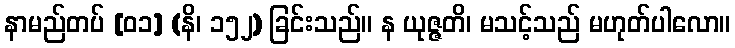
နာမည်တပ် [၀၁] (နိ၊ ၁၅၂) ခြင်းသည်။ န ယုဇ္ဇတိ၊ မသင့်သည် မဟုတ်ပါလော။